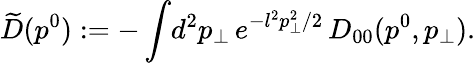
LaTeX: \widetilde{D}(p^{0}):=-\int\! d^{2}p_{\perp}\, e^{-l^{2}p_{\perp}^{2}/2}\, D_{00}(p^{0},p_{\perp}).